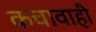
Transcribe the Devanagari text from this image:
कचावाही